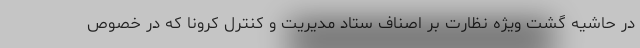
در حاشیه گشت ویژه نظارت بر اصناف ستاد مدیریت و کنترل کرونا که در خصوص